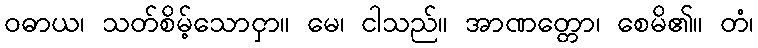
ဝဓာယ၊ သတ်စိမ့်သောငှာ။ မေ၊ ငါသည်။ အာဏတ္တော၊ စေမိ၏။ တံ၊